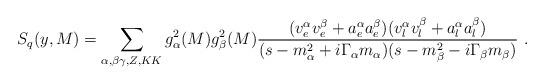
LaTeX: \begin{align*}S_q (y, M)= \sum_{\alpha ,\beta\gamma, Z, KK}g^2_{\alpha}(M) g^2_{\beta}(M) {(v^{\alpha}_e v^{\beta}_e+a^{\alpha}_e a^{\beta}_e)(v^{\alpha}_l v^{\beta}_l + a^{\alpha}_la^{\beta}_l) \over (s -m^2_{\alpha} + i\Gamma{_\alpha}m_{\alpha})(s-m^2_{\beta} - i\Gamma_{\beta} m_{\beta})} \ .\end{align*}